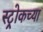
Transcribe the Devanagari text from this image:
स्ट्रोकच्या